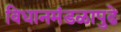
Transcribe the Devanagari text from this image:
विधानमंडळापुढे